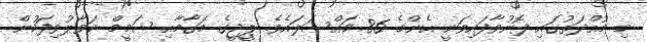
މި މުއްދަތުގައި ފޮނުވާފައިވަނީ އެންމެ 86 މައްސަލައެވެ. ޕީޖީގެ މަގާމާއި ޝަމީމް ހަވާލުވިފަހުން